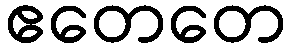
ဧတေတေ